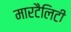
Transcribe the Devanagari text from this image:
मारटैलिटी